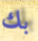
بك